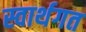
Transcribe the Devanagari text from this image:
स्वार्थगत